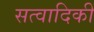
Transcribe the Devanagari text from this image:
सत्वादिकीं